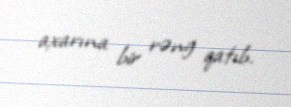
axarına bir rəng qatıb.